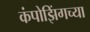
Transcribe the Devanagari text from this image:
कंपोझिंगच्या